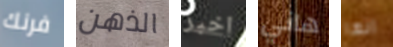
فرنك الذهن اخبر هاني انها